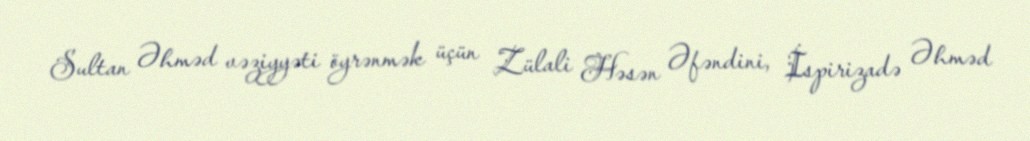
Sultan Əhməd vəziyyəti öyrənmək üçün Zülali Həsən Əfəndini, İspirizadə Əhməd